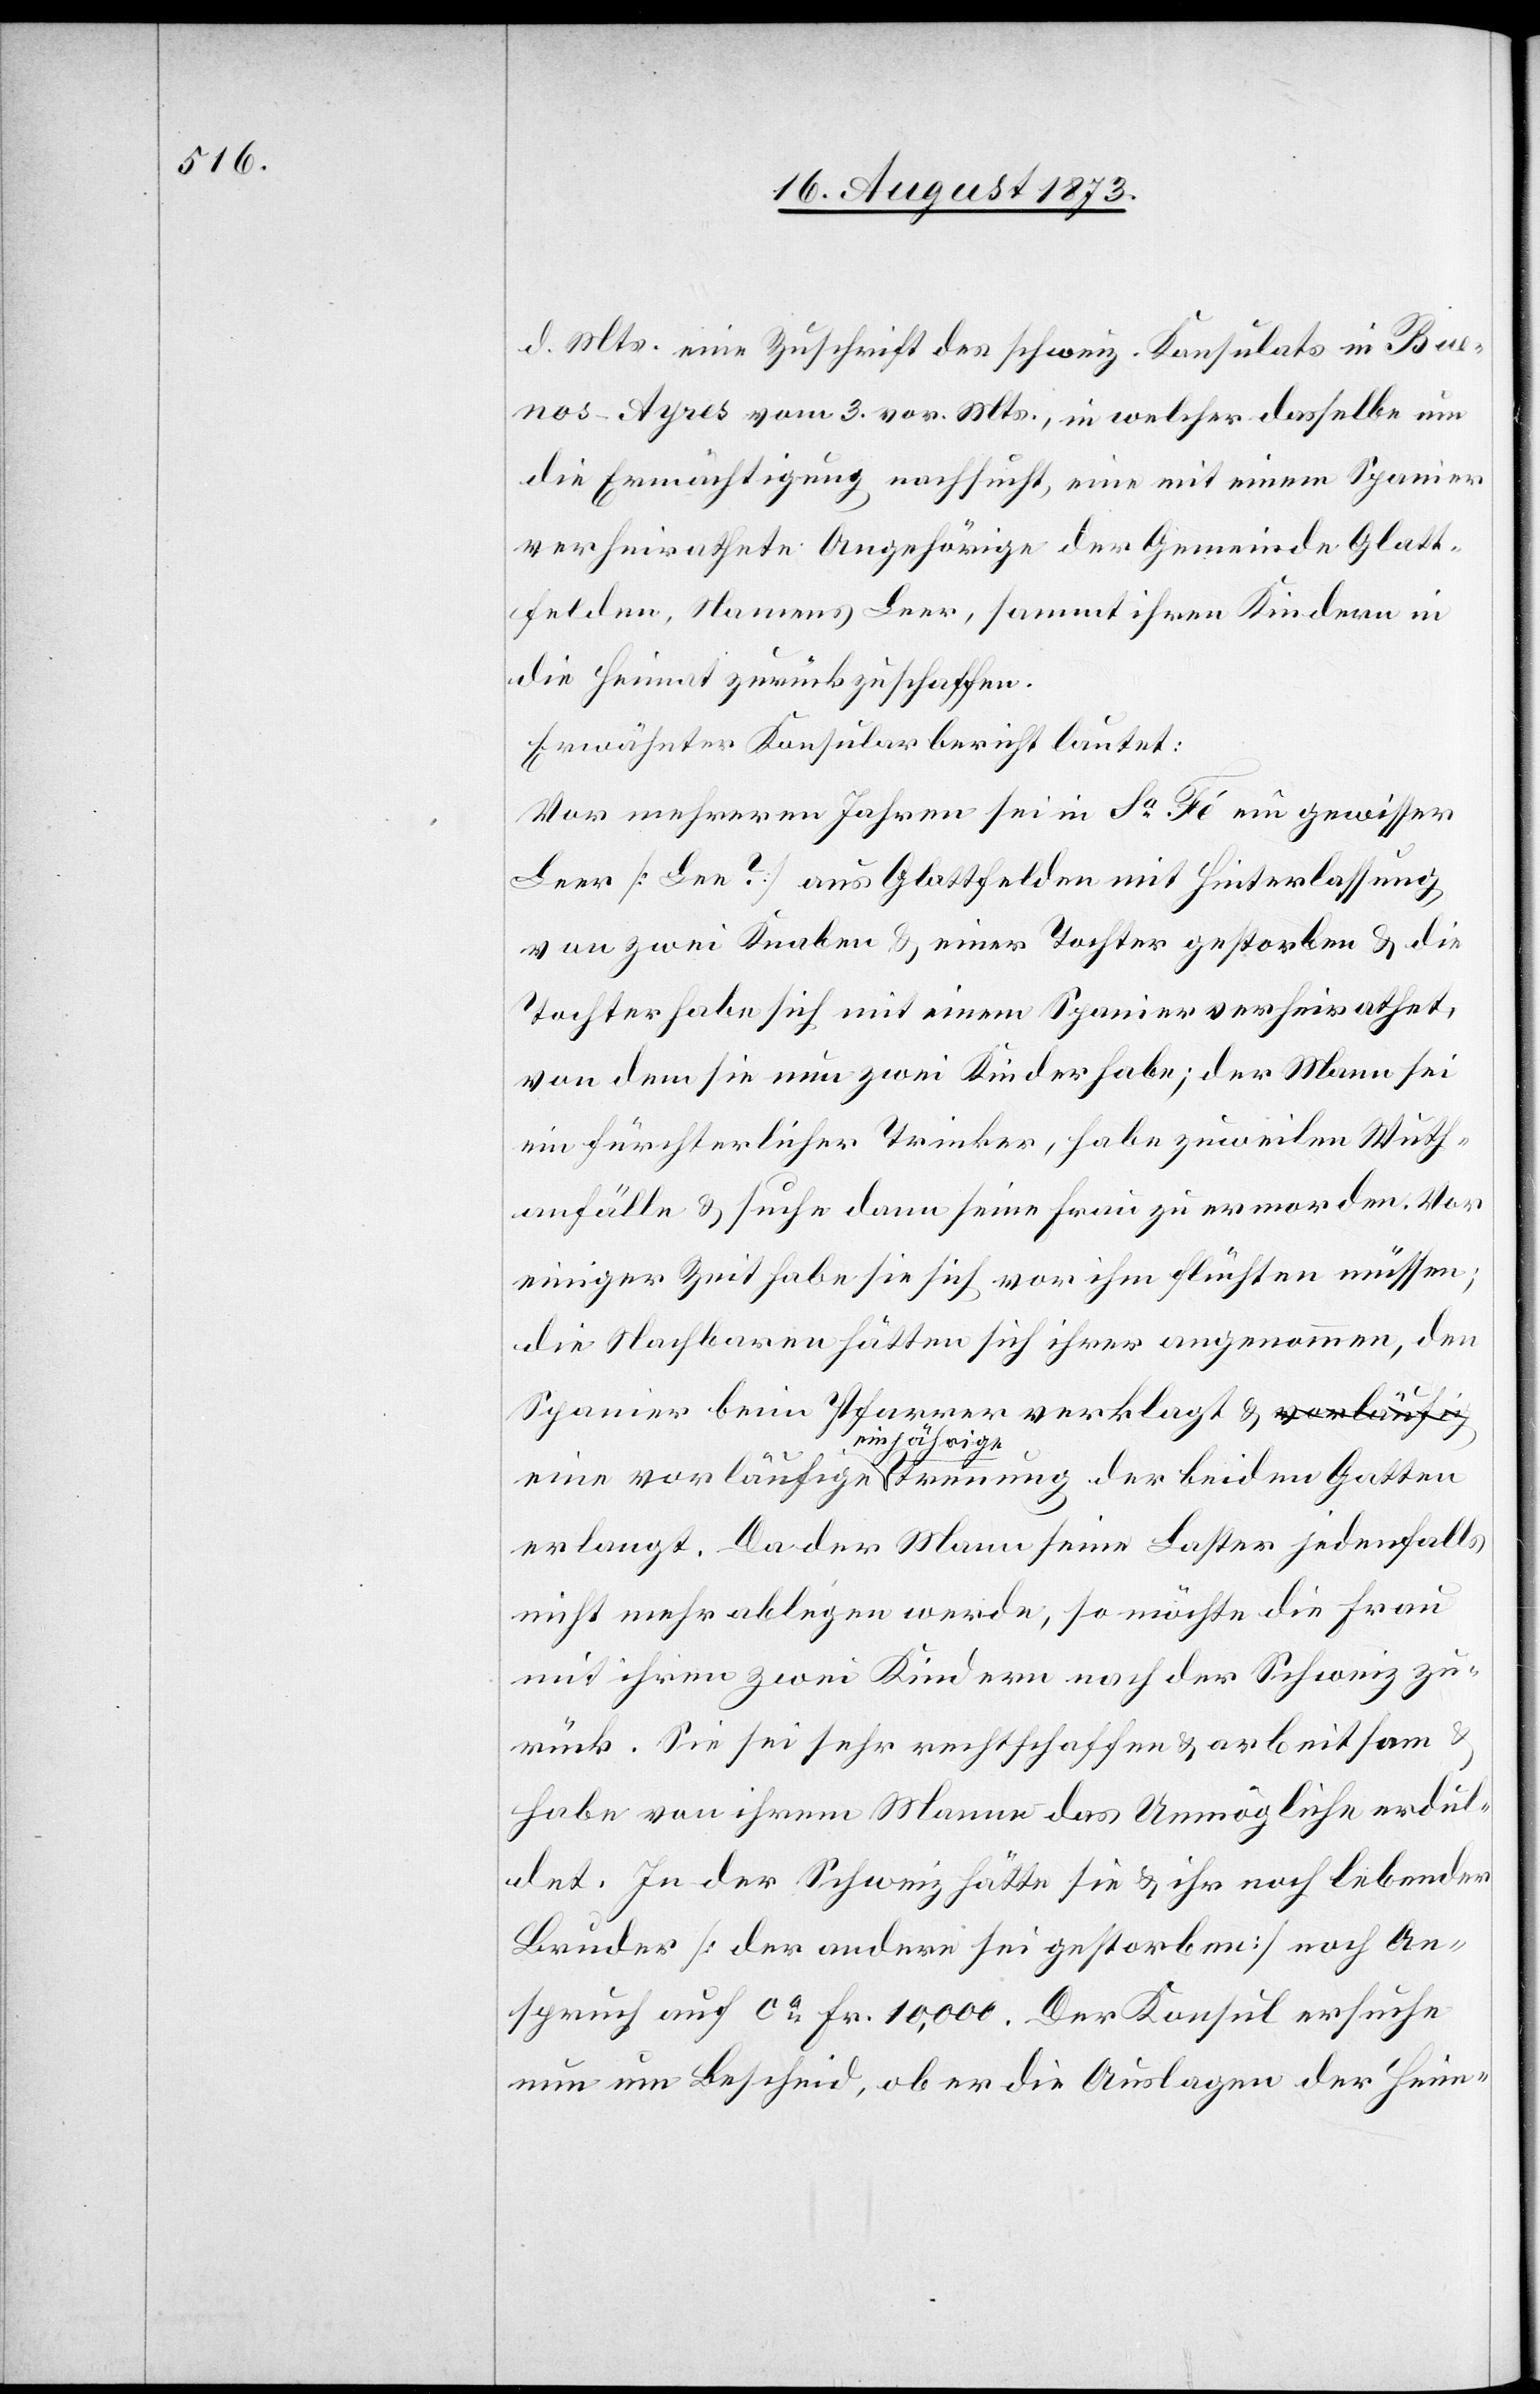
d. Mts. eine Zuschrift des schweiz. Konsulats in Bue¬
nos-Ayres vom 3. vor. Mts., in welcher dasselbe um
die Ermächtigung nachsucht, eine mit einem Spanier
verheirathete Angehörige der Gemeinde Glatt¬
felden, Namens Leer [sic!], sammt ihren Kindern in
die Heimat zurückzuschaffen.
Erwähnter Konsularbericht lautet:
Vor mehreren Jahren sei in Sa Fé ein gewisser
Leer [Lee?] aus Glattfelden mit Hinterlassung
von zwei Knaben & einer Tochter gestorben & die
Tochter habe sich mit einem Spanier verheirathet,
von dem sie nun zwei Kinder habe; der Mann sei
ein fürchterlicher Trinker, habe zuweilen Wuth¬
anfälle & suche dann seine Frau zu ermorden. Vor
einiger Zeit habe sie sich vor ihm flüchten müssen;
die Nachbaren hätten sich ihrer angenommen, den
Spanier beim Pfarrer verklagt & eine vorläufige
einjährige
erlangt. Da der Mann seine Laster jedenfalls
nicht mehr ablegen werde, so möchte die Frau
mit ihren zwei Kindern nach der Schweiz zu¬
rück. Sie sei sehr rechtschaffen & arbeitsam
habe von ihrem Manne das Unmögliche erdul¬
det. In der Schweiz hätte sie & ihr noch lebender
Bruder [der andere sei gestorben] noch An¬
spruch auf ca Fr. 10,000. Der Konsul ersuche
nun um Bescheid, ob er die Auslagen der Heim-